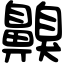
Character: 齅